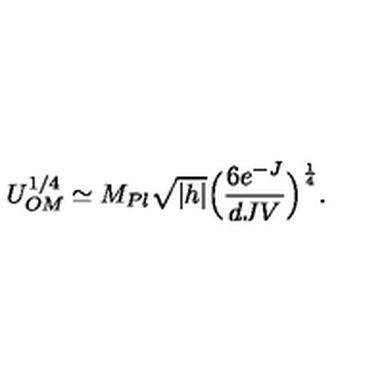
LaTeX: U _ { O M } ^ { 1 / 4 } \simeq M _ { P l } \sqrt { | h | } \Big ( \frac { 6 e ^ { - J } } { d J V } \Big ) ^ { \frac { 1 } { 4 } } .